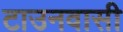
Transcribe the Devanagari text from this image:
टाउनवासी